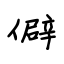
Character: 僻